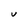
Character: V